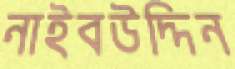
নাইবউদ্দিন